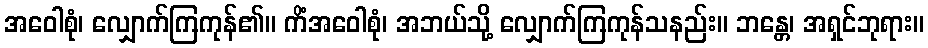
အဝေါစုံ၊ လျှောက်ကြကုန်၏။ ကိံအဝေါစုံ၊ အဘယ်သို့ လျှောက်ကြကုန်သနည်း။ ဘန္တေ၊ အရှင်ဘုရား။